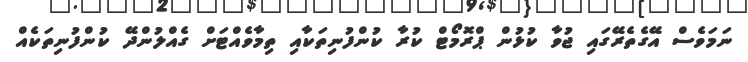
ނަމަވެސް އޭގެތެރޭގައި ޖުވާ ކުޅުން ޕްރޮމޯޓް ކުރާ ކުންފުނިތަކާއި ތިމާވެއްޓަށް ގެއްލުންދޭ ކުންފުނިތަކެއް